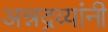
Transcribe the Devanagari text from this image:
अन्नद्रव्यांनी